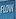
flow